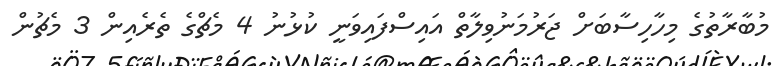
މުބާރާތުގެ މިހާހިސާބަށް ޖަރުމަނުވިލާތް އައިސްފައިވަނީ ކުޅުނު 4 މެޗްގެ ތެރެއިން 3 މެޗުން